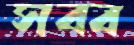
সব্ব